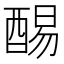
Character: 𲆰